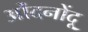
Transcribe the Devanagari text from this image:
ओंदनोंदू